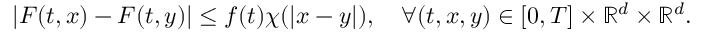
| F ( t , x ) - F ( t , y ) | \leq f ( t ) \chi ( | x - y | ) , \quad \forall ( t , x , y ) \in [ 0 , T ] \times \mathbb { R } ^ { d } \times \mathbb { R } ^ { d } .